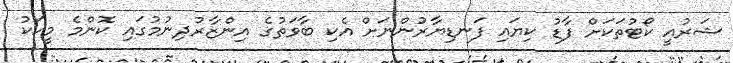
ޝަރުއީ ކޯޓުތަކަށް ފާޑު ކިޔައި ފަނޑިޔާރުންނަށް އެކި ބާވަތުގެ އިންޒާރުދިނުމުގައި ކޮންމެ މީހަކު